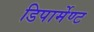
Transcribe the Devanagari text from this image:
डिपार्मेण्ट